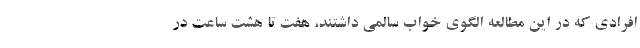
افرادی که در این مطالعه الگوی خواب سالمی داشتند، هفت تا هشت ساعت در